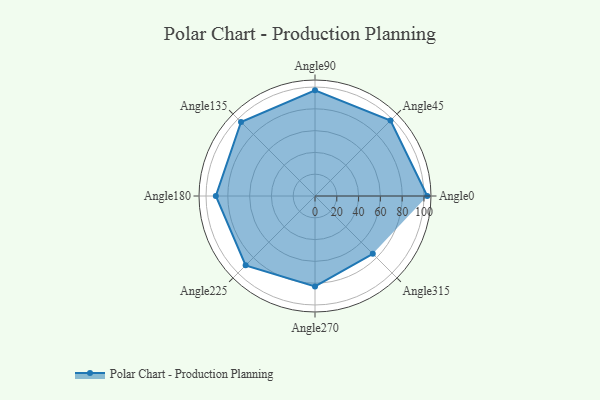
{"axis": {"x": "Angle", "y": "Radius"}, "legend": [""], "data": [{"x": "Angle0", "y": 103.0, "type": ""}, {"x": "Angle45", "y": 98.0, "type": ""}, {"x": "Angle90", "y": 97.0, "type": ""}, {"x": "Angle135", "y": 96.0, "type": ""}, {"x": "Angle180", "y": 91.0, "type": ""}, {"x": "Angle225", "y": 90.0, "type": ""}, {"x": "Angle270", "y": 83.0, "type": ""}, {"x": "Angle315", "y": 75.0, "type": ""}]}